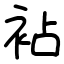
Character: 袩